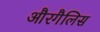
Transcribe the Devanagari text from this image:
औरगैलिस